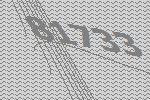
81733